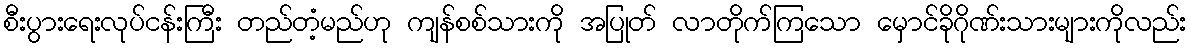
စီးပွားရေးလုပ်ငန်းကြီး တည်တံ့မည်ဟု ကျန်စစ်သားကို အပြုတ် လာတိုက်ကြသော မှောင်ခိုဂိုဏ်းသားများကိုလည်း